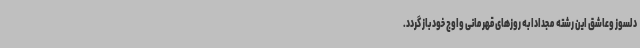
دلسوز وعاشق این رشته مجدادا به روزهای قهرمانی واوج خود باز گردد.